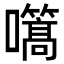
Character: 𭌬